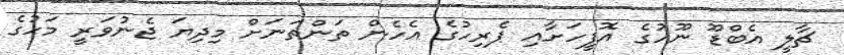
ޗާލީ އެބްޑޫ ނޫހުގެ އޮފީހަށާއި ޕެރިހުގެ އެހެން ތަންތަނަށް މިދިޔަ ޖެނުވަރީ މަހުގެ